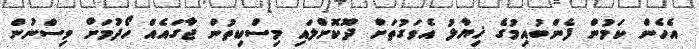
އެހެން ކަމުން ފެންބުއިމުގެ ޚިޔާލު އެވަގުތަށް ދޫކޮށްލައި މިސްކިތުން ޖާގައެއް ހޯދުމަށް ވިސްނުން